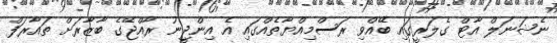
ނެޝަނަލް އާޓް ގެލަރީގައި ބޭއްވި ރަސްމިއްޔާތެއްގައި އެ އިންޖީނު ރާއްޖޭގެ ބާޒާރަށް ތައާރަފް